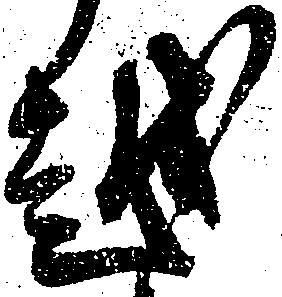
越